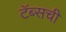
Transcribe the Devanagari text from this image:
टॅब्सची